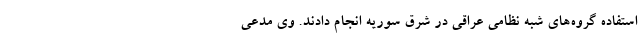
استفاده گروه‌های شبه نظامی عراقی در شرق سوریه انجام دادند. وی مدعی